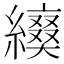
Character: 𦆌